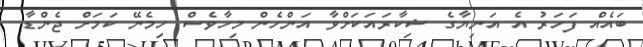
ބައެއް ފަހަރު އެ އަނިޔާގެ ޝިކާރައަކަށްވާ އަންހެން މިހާވެސް ހިމެނޭ ކަމަށް ޖެންޑާ